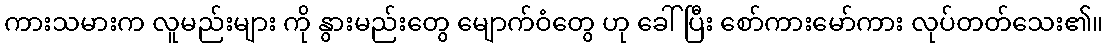
ကားသမားက လူမည်းများ ကို နွားမည်းတွေ မျောက်ဝံတွေ ဟု ခေါ်ပြီး စော်ကားမော်ကား လုပ်တတ်သေး၏။